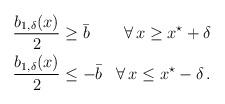
LaTeX: \begin{align*} \begin{aligned}\dfrac{b_{1,\delta}(x)}{2} &\geq \bar b &\forall \, x \geq x^\star + \delta\\\dfrac{b_{1,\delta}(x)}{2} &\leq - \bar b &\forall \, x \leq x^\star - \delta\,.\end{aligned} \end{align*}